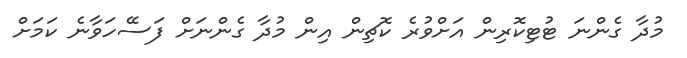
މުދާ ގެންނަ ޓުޓިކޮރިން އަށްވުރެ ކޮޗިން އިން މުދާ ގެންނަށް ފަސޭހަވާނެ ކަމަށް